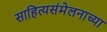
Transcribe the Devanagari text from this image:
साहित्यसंमेलनाच्या